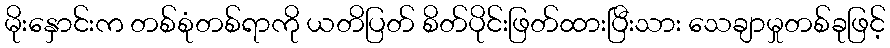
မိုးနှောင်းက တစ်စုံတစ်ရာကို ယတိပြတ် စိတ်ပိုင်းဖြတ်ထားပြီးသား သေချာမှုတစ်ခုဖြင့်